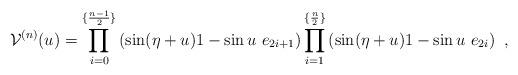
LaTeX: \begin{align*}{\cal V}^{(n)}(u)=\prod_{i=0}^{\{\frac{n-1}{2}\}}\left( \sin(\eta+u)1-\sin u~ e_{2i+1}\right) \prod_{i=1}^{\{\frac{n}{2}\}} \left(\sin(\eta+u)1-\sin u~ e_{2i}\right)~,\end{align*}